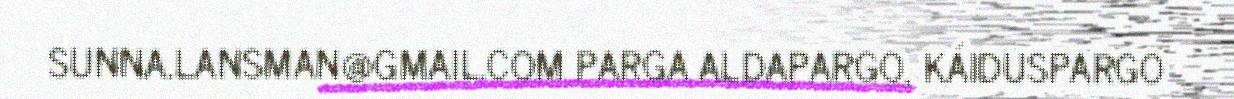
SUNNA.LANSMAN@GMAIL.COM PARGA ALDAPARGO, KÁIDUSPARGO